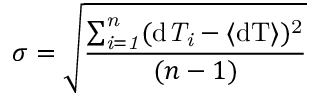
\sigma = \sqrt { \frac { \sum _ { \it { i = 1 } } ^ { \it { n } } ( \mathrm { { d } \it { T } _ { i } - \langle \mathrm { { d T } \rangle ) ^ { 2 } } } } { ( n - 1 ) } }